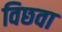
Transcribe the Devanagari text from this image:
विछवा